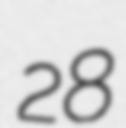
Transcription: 28